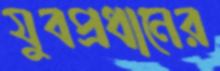
যুবপ্রধানের